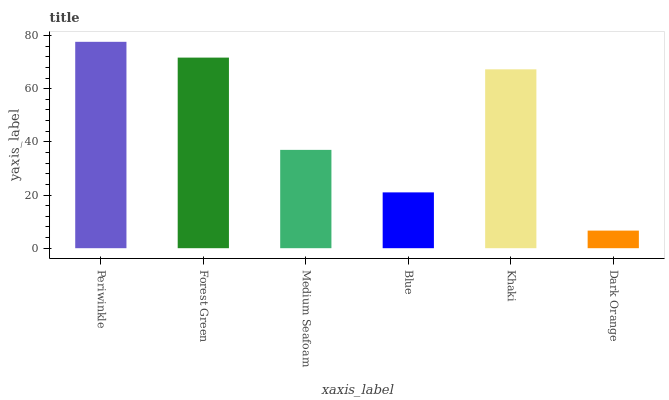
| xaxis_label | bars |
 | --- | --- |
 | Periwinkle | 77.6 |
 | Forest Green | 71.7 |
 | Medium Seafoam | 37 |
 | Blue | 21 |
 | Khaki | 67.3 |
 | Dark Orange | 6.62 |